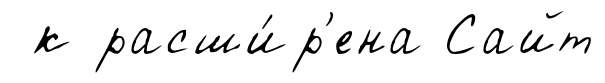
к расши́р'ена Сайт